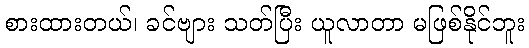
စားထားတယ်၊ ခင်ဗျား သတ်ပြီး ယူလာတာ မဖြစ်နိုင်ဘူး